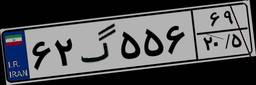
۴۱گ۴۲۹۱۲